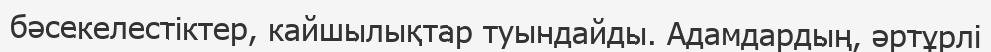
бәсекелестіктер, кайшылықтар туындайды. Адамдардың, әртұрлі